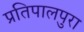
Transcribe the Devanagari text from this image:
प्रतिपालपुरा